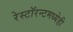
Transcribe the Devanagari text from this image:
रेस्टॉरन्टमध्येही